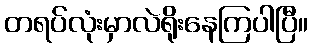
တရပ်လုံးမှာလဲရိုးနေကြပါပြီ။